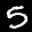
Label: 5